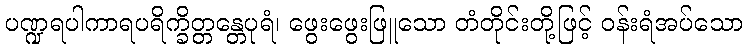
ပဏ္ဍရပါကာရပရိက္ခိတ္တန္တေပုရံ၊ ဖွေးဖွေးဖြူသော တံတိုင်းတို့ဖြင့် ဝန်းရံအပ်သော